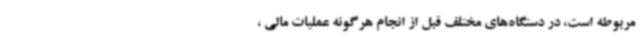
مربوطه است، در دستگاه‌های مختلف قبل از انجام هرگونه عملیات مالی ،